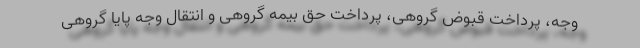
وجه، پرداخت قبوض گروهی، پرداخت حق بیمه گروهی و انتقال وجه پایا گروهی